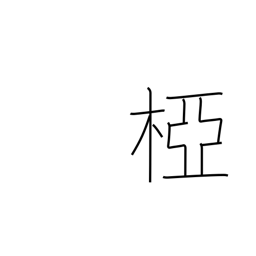
Meaning: crotch of a tree